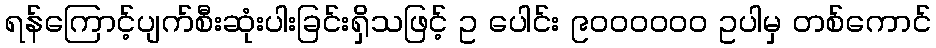
ရန်ကြောင့်ပျက်စီးဆုံးပါးခြင်းရှိသဖြင့် ဥ ပေါင်း ၉၀၀၀၀၀၀ ဥပါမှ တစ်ကောင်